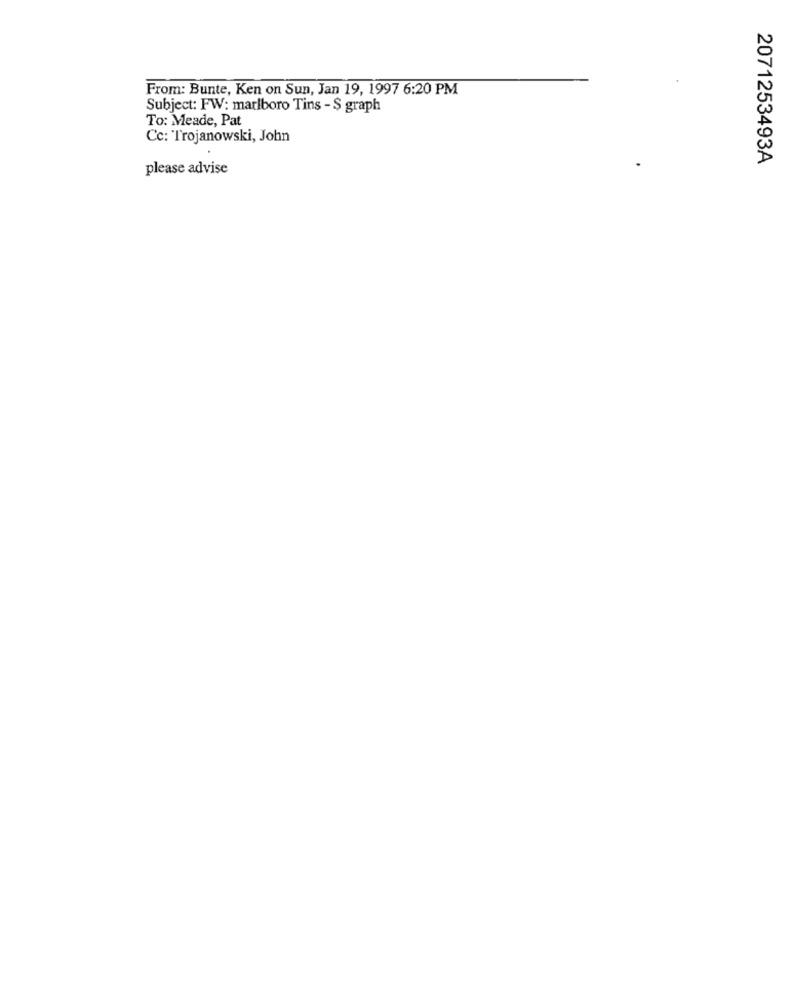
From: Bunte, Ken on Sun, Jan 19, 1997 6:20 PM
Subject: FW: marlboro Tins - $ graph
To: Meade, Pat
Cc: Trojanowski, John
2071253493A
please advise